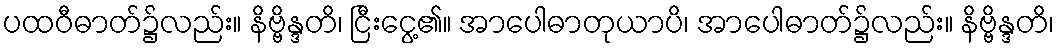
ပထဝီဓာတ်၌လည်း။ နိဗ္ဗိန္ဒတိ၊ ငြီးငွေ့၏။ အာပေါဓာတုယာပိ၊ အာပေါဓာတ်၌လည်း။ နိဗ္ဗိန္ဒတိ၊